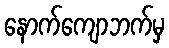
နောက်ကျောဘက်မှ